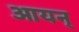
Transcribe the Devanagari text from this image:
आयन्